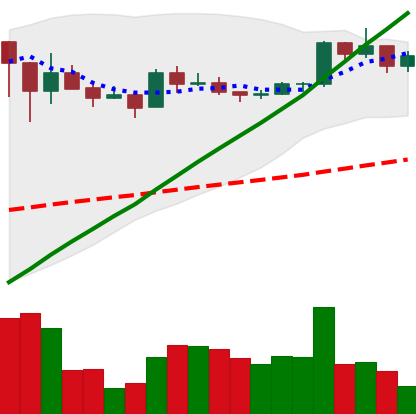
Ticker: BNB-USD
Chart end date: 2021-03-13
Forward return: -5.215%
Label: down_5_7